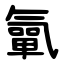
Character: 㲷